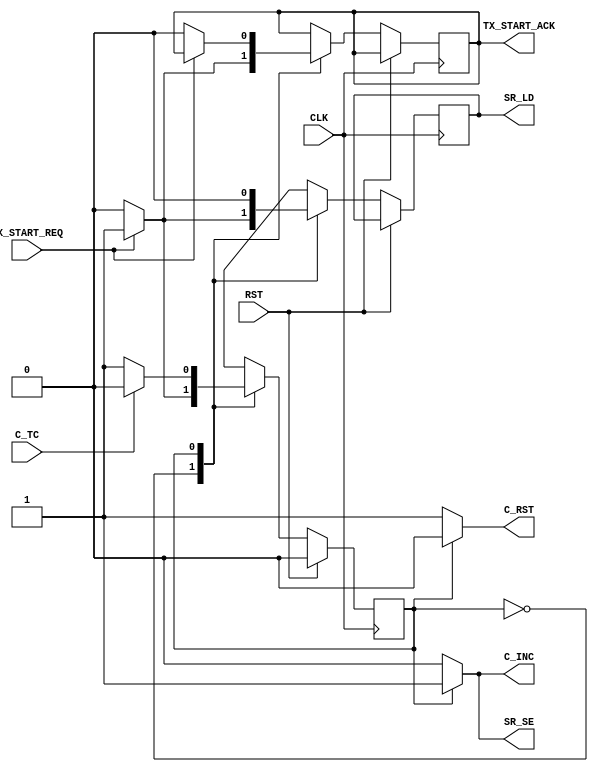
`timescale 1ns / 1ps
/**
 * UART Transmit controller FSM
 *
 * Parameter description
 * None
 *
 * Signal Description
 * CLK    - Clock to the module. Frequency same as baud rate
 * RST    - Reset input (Synchronous; 1 cycle active high; in CLK domain)
 * TX_START_REQ - Request line to start a UART TX
 * C_TC   - The terminal count input from the bit counter
 * TX_START_ACK - Ack line for TX_START_REQ
 * C_INC  - The increment control line to bit counter
 * C_RST  - Bit Counter Reset control
 * SR_LD  - Shift register's Parallel load command
 * SR_SE  - Shift register shift enable
 */
module uart_tx_controller(
    input CLK,
    input RST,
    input TX_START_REQ,
    input C_TC,
    output TX_START_ACK,
    output C_INC,
    output C_RST,
    output SR_LD,
    output SR_SE
    );
  parameter IDLE = 1'b0;
  parameter TXING = 1'b1;
  
  reg rSR_LD;
  reg rTX_START_ACK;
  reg state;
  
  assign C_RST = (state == IDLE)?1'b1:1'b0;
  assign C_INC = (state == IDLE)?1'b0:1'b1;
  assign SR_SE = (state == IDLE)?1'b0:1'b1;
  assign SR_LD = rSR_LD;
  assign TX_START_ACK = rTX_START_ACK;
  
  always @ (posedge CLK) begin
    if(RST == 1)
      state <= IDLE;
    else begin
      case(state)
        IDLE: begin
          if(TX_START_REQ == 1) begin
            rSR_LD <= 1;
            state <= TXING;
            rTX_START_ACK <= 1;
          end else begin
            rSR_LD <= 0;
            state <= IDLE;
            rTX_START_ACK <= 0;
          end
        end
        TXING:begin
          if(TX_START_REQ == 0)
            rTX_START_ACK <= 0;
          rSR_LD <= 0;
          if(C_TC == 1)
            state <= IDLE;
          else
            state <= TXING;
        end
      endcase
    end
  end
endmodule